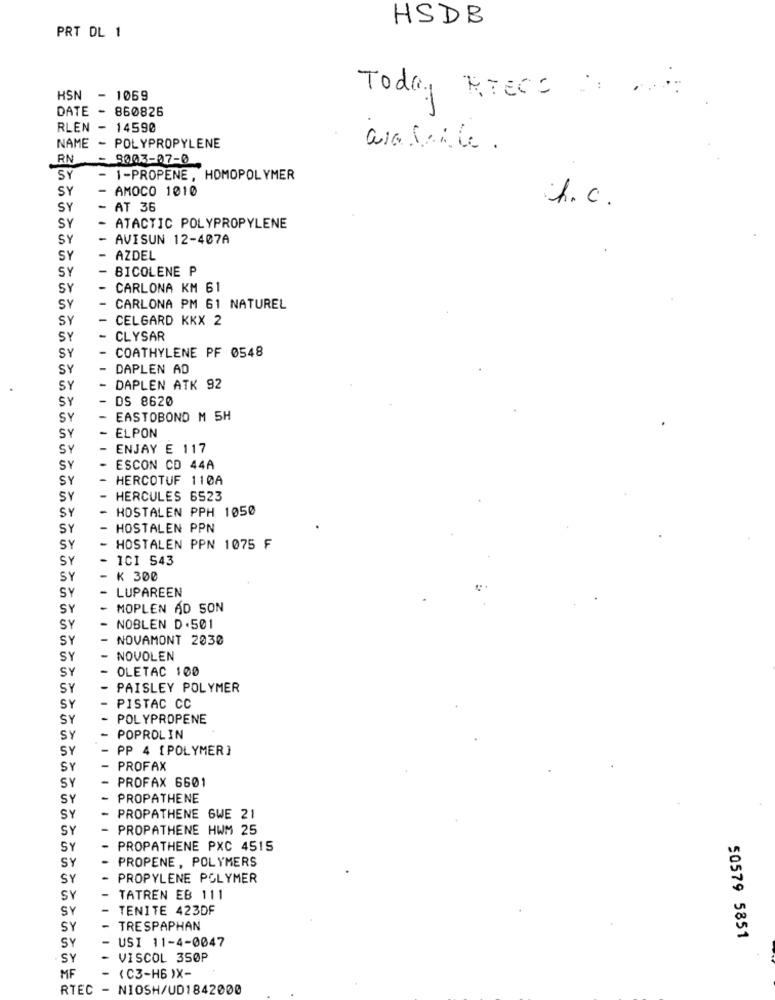
HSDB
PRT DL 1
HSN - 1069
Today RTecc :
DATE - 860826
RLEN - 14590
NAME - POLYPROPYLENE
RN
- 9003-07-0
SY
- 1-PROPENE, HOMOPOLYMER
SY
AMOCO 1010
h.c.
SY
AT 36
SY
ATACTIC POLYPROPYLENE
SY
AVISUN 12-407A
SY
AZDEL
SY
BICOLENE P
SY
CARLONA KM 61
SY
CARLONA PM 61 NATUREL
SY
CELGARD KKX 2
SY
CLYSAR
SY
COATHYLENE PF 0548
SY
DAPLEN AD
SY
DAPLEN ATK 92
SY
DS 8620
SY
EASTOBOND M 5H
ELPON
SY
SY
ENJAY E 117
SY
ESCON CD 44A
SY
HERCOTUF 110A
SY
HERCULES 6523
HOSTALEN PPH 1050
SY
SY
HOSTALEN PPN
SY
HOSTALEN PPN 1075 F
SY
ICI 543
SY
K 300
SY
LUPAREEN
SY
MOPLEN AD SON
SY
NOBLEN D.501
SY
NOVAMONT 2030
SY
NOVOLEN
SY
OLETAC 100
SY
PAISLEY POLYMER
SY
PISTAC CC
SY
POLYPROPENE
SY
POPROLIN
SY
PP 4 [POLYMER]
SY
PROFAX
PROFAX 6601
SY
SY
PROPATHENE
SY
PROPATHENE GWE 21
SY
PROPATHENE HWM 25
SY
PROPATHENE PXC 4515
SY
PROPENE, POLYMERS
SY
PROPYLENE POLYMER
SV
TATREN EB 111
SY
TENITE 423DF
SY
TRESPAPHAN
SY
USI 11-4-0047
50579 5851
SY
VISCOL 350P
MF
( C3-H6 )X-
RTEC
- NIOSH/UD1842000